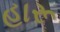
હારૂ